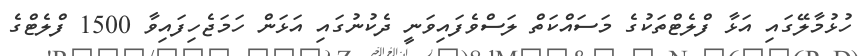
ހުޅުމާލޭގައި އަޅާ ފްލެޓްތަކުގެ މަސައްކަތް ލަސްވެފައިވަނީ ދެކުނުގައި އަޅަން ހަމަޖެހިފައިވާ 1500 ފްލެޓްގެ